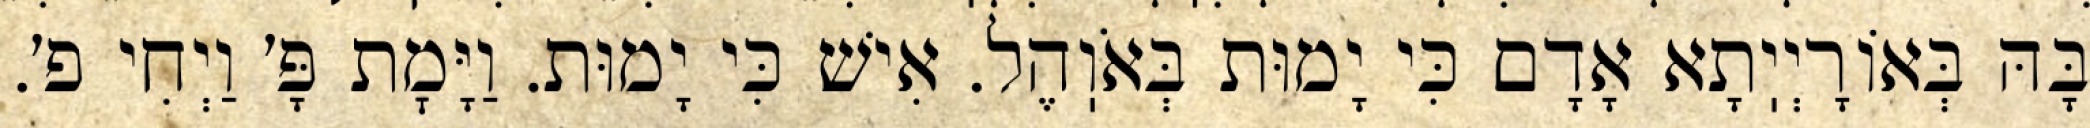
בָּהּ בְּאוֹרָיְיֽתָא אָדָם כִּי יָמוּת בְּאֹוֽהֶל. אִישׁ כִּי יָמוּת. וַיָּמׇת פָּ׳ וַיְחִי פ׳.